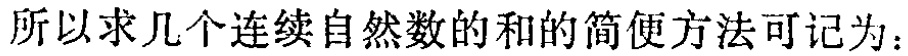
所以求几个连续自然数的和的简便方法可记为：